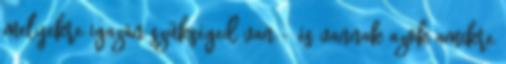
melyekre igazán szükséged van – és vannak azok amikre